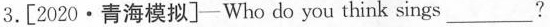
3. [ 2020 · 青海模拟]— Who do you think sings ___ ?